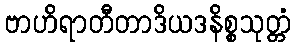
ဗာဟိရာတီတာဒိယဒနိစ္စသုတ္တံ